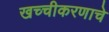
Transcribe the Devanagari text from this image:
खच्चीकरणाचे